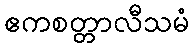
ဧကစတ္တာလီသမံ